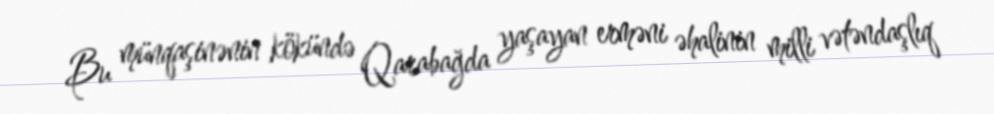
Bu münqaşinənin kökündə Qarabağda yaşayan erməni əhalinin milli vətəndaşlıq